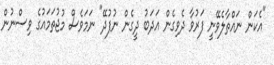
"އެކަން ނައްތާލެވޭނީ ފަރުވާ ދެވިގެން އަދަބު ދީގެން ނުފުދޭ" ނަމަވެސް މުޖުތަމައުގެ ވިސްނުން